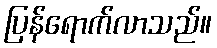
ပြန်ရောက်လာသည်။